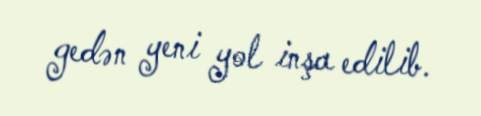
gedən yeni yol inşa edilib.